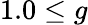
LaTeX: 1.0\leq g